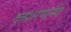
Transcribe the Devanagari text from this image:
दत्तशरणानंद